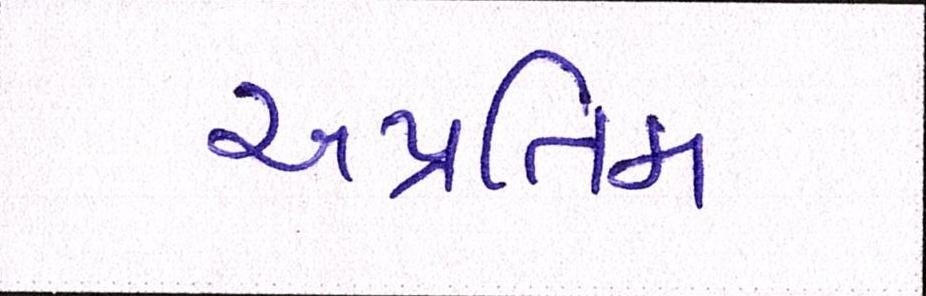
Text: અપ્રતિમ